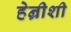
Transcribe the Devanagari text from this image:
हेन्रीशी